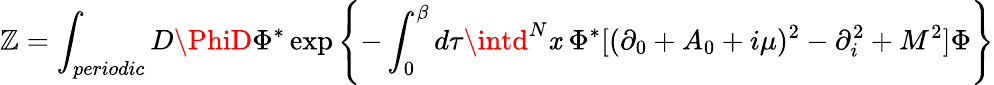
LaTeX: {\cal\mathbb{Z}}=\int_{periodic}D\PhiD\Phi^{\ast}\exp\left\{ -\int_{0}^{\beta}d\tau\intd^{N}\mathit{x}\ \Phi^{\ast}[(\partial_{0}+A_{0}+i\mu)^{2}-\partial_{i}^{2}+M^{2}]\Phi\right\}